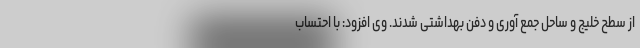
از سطح خلیج و ساحل جمع آوری و دفن بهداشتی شدند. وی افزود: با احتساب